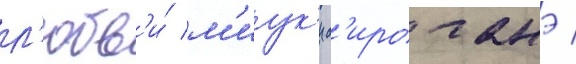
л'юбв'и́ м'иук'и с'ироганэ /